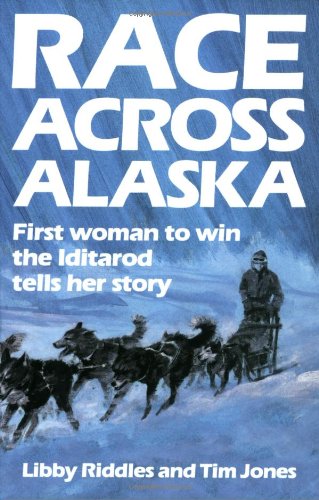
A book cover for Race Across Alaska: First Woman to Win the Iditarod Tells Her Story; Libby Riddles; Sports & Outdoors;